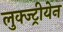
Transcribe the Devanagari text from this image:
लुक्ज्ट्रीयेन